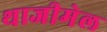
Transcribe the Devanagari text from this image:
थाजीमेल